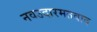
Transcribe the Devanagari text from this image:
नवउदारमतवाद